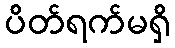
ပိတ်ရက်မရှိ